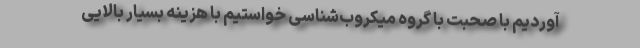
آوردیم با صحبت‌ با گروه میکروب‌شناسی خواستیم با هزینه بسیار بالایی